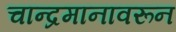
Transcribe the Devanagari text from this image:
चान्द्रमानावरून